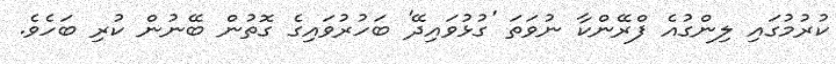
ކުރުމުގައި ލިންގުއެ ފްރޭންކާ ނުވަތަ 'ގުޅުވައިދޭ' ބަހުރުވައިގެ ގޮތުން ބޭނުން ކުރި ބަހެވެ.